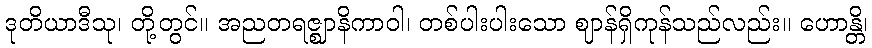
ဒုတိယာဒီသု၊ တို့တွင်။ အညတရဇ္ဈာနိကာဝါ၊ တစ်ပါးပါးသော ဈာန်ရှိကုန်သည်လည်း။ ဟောန္တိ၊